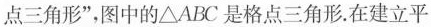
点三角形”，图中的△ABC是格点三角形.在建立平